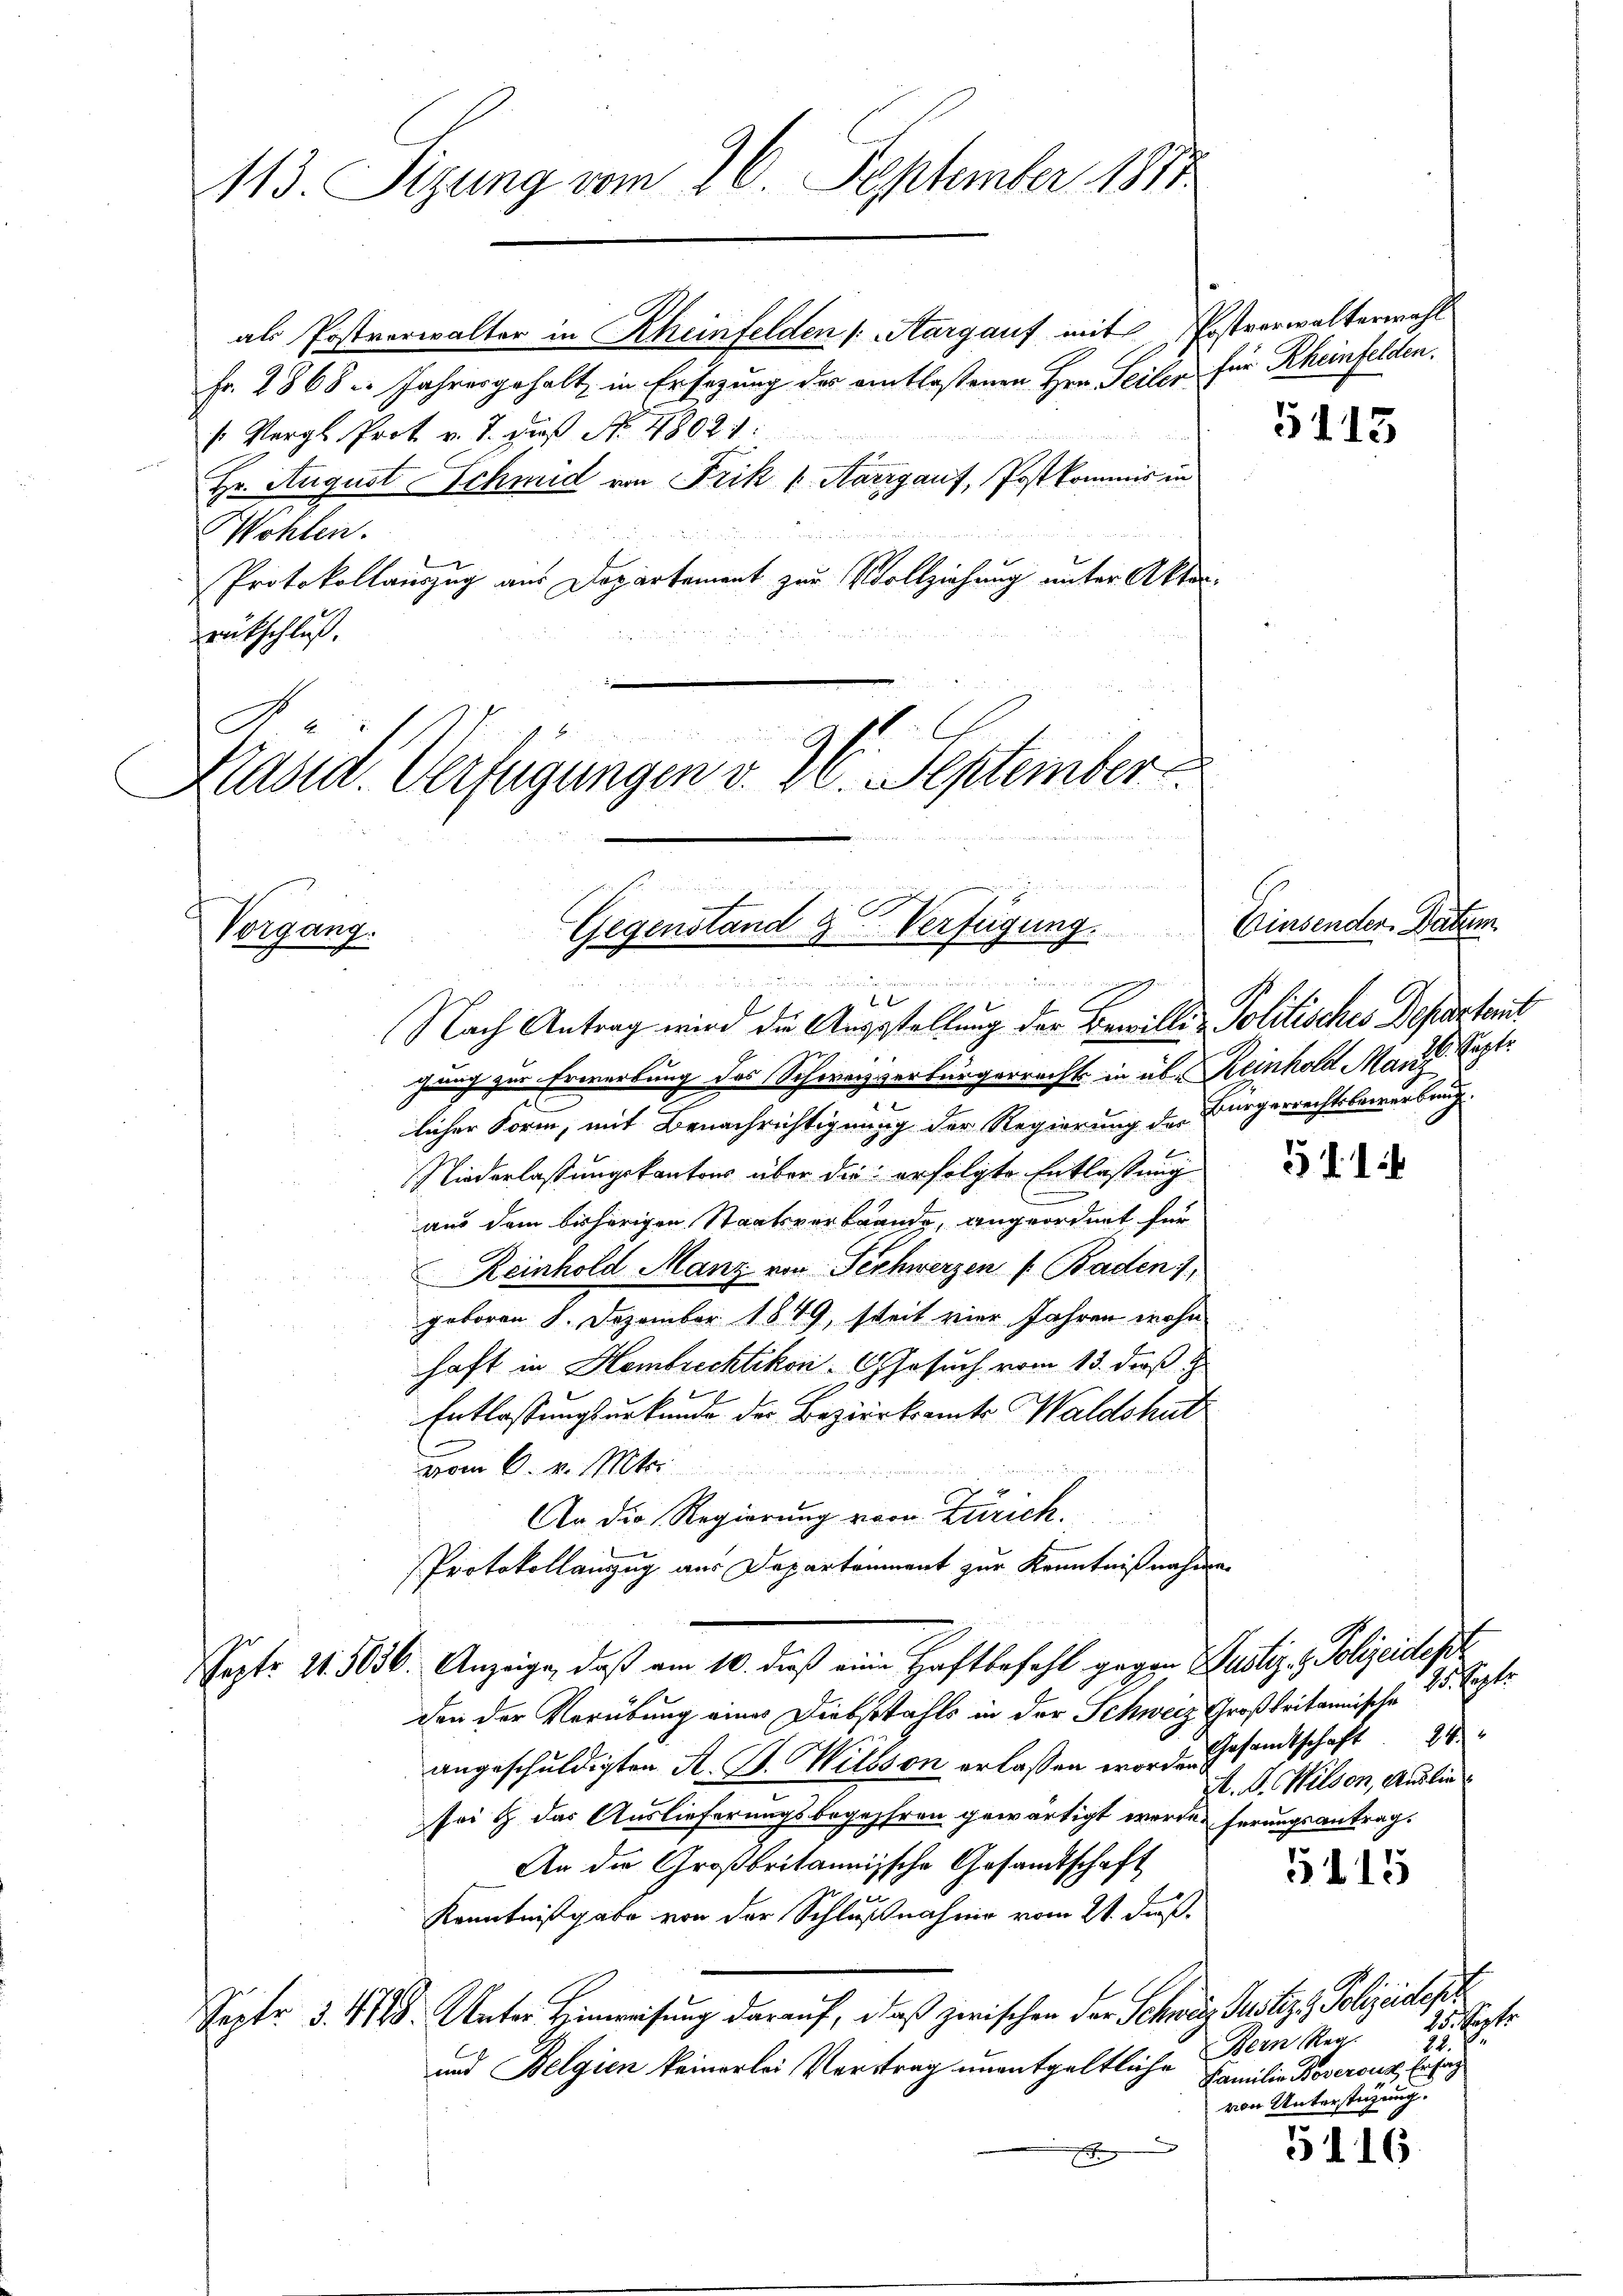
113. Sizung vom 26. September 1810

als Postverwalter in Rheinfelden (Aargauf mit Erstverwalterwahl
Fr. 2868 u. Jahresgehalt in Ersezung der eintlaßenen Hrn. Seiter für Rheinfelden.
/. Vergl. Prot. v. J. daß No. 48021:
Hr. August Schmid von Frik (Aargauf, Postkommis in
Wohlen.
Protokollauszug aus Departement zur Vollziehung unter Aktor-
rütschluß.

e
u
Gegenstand & Verfügung. Einsenden Datum
Vorgang.
don den
t

.
Nach Antrag wird die Ausstellung der Bewillig Politisches Departamt
gung zur Erwerbung des Schweiz verbürgerrecht in über Reinhold Marie Septe
a
licher Form, mit Benachrichtigung der Regierung der Bürgerrechtsbewerbrug
Niederlassungskantons über die erfolgte Entlassung
aus dem bisherigen Staatsverbrande, angeordnet für
Reinhold Manz von Schwerzen ( Baden 1
geboren 8. Dezember 1849, seit vier Jahren wohn
haft in Hombrechtikon - 6 Gesuch vom 13. daß
Entlassungsurkunde der Bezirksamte Waldshut
vom 6. v. Mts.

An die Regierung von Zürich.
Protokollanzug aus Departaument zur Kenntnißnahmen
Sept. 11. 5036. Anzeige, daß am 10. dieß eine Haftbefehl gegen Justiz- & Polizeidept
chen der Verübung eines Diebstahls in der Schweiz Großbritannische 25. Sept.
angeschuldigten A. G. Wildson erlassen worden Gesamtschaft
sei & das Auslieferungsbegehren gewärtigt werde herungsantrag.
An die Großbritannissche Gesandtschaft
1
Kenntnißgabe von der Schlußnahme vom 21. daß.
Septe §. 4125 Unter Hinweisung darauf, daß zwischen der Schweiz. Justiz & Polizeisdep
und Belgien keinerlei Vortrag unentgeltliche
e

n den aus
Kasid. Verfügungen v. 22. September

5113

A. G. Milden, Auslie

5115

25. Sept.
7.
Bern Reg.
24.
Familie Bovercus Erfag
von Unterstüzung.

5116